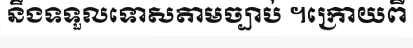
នឹងទទួលទោសតាមច្បាប់ ។ក្រោយពី